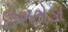
છરછોડા